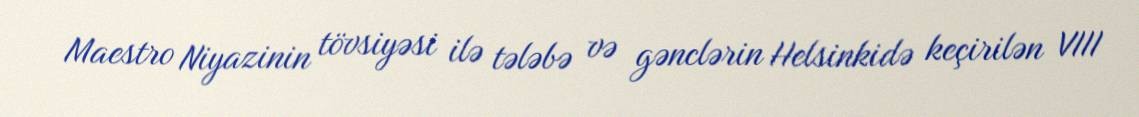
Maestro Niyazinin tövsiyəsi ilə tələbə və gənclərin Helsinkidə keçirilən VIII